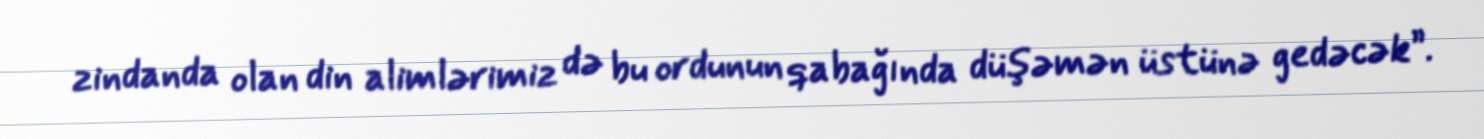
zindanda olan din alimlərimiz də bu ordunun qabağında düşəmən üstünə gedəcək”.